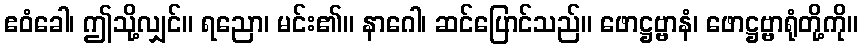
ဧဝံခေါ၊ ဤသို့လျှင်။ ရညော၊ မင်း၏။ နာဂေါ၊ ဆင်ပြောင်သည်။ ဖောဋ္ဌဗ္ဗာနံ၊ ဖောဋ္ဌဗ္ဗာရုံတို့ကို။